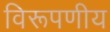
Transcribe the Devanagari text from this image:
विरूपणीय